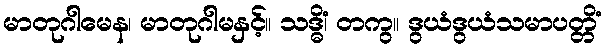
မာတုဂါမေန၊ မာတုဂါမနှင့်။ သဒ္ဓိံ၊ တကွ။ ဒွယံဒွယံသမာပတ္တိံ